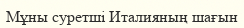
Мұны суретші Италияның шағын